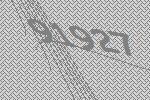
91927